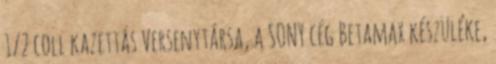
½ coll kazettás Versenytársa, a SONY cég Betamax készüléke,